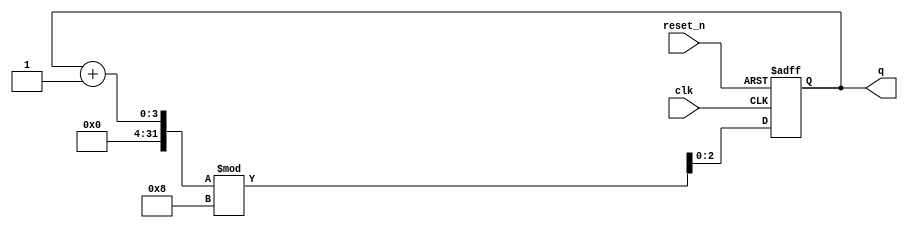
module binary_counter (
    input wire clk,           // Clock signal
    input wire reset_n,      // Active-low asynchronous reset
    output reg [2:0] q       // 3-bit output representing the counter value
);

// State transition on clock edge
always @(posedge clk or negedge reset_n) begin
    if (!reset_n) begin
        // Asynchronous reset: set counter to 0
        q <= 3'b000;
    end else begin
        // Increment the counter
        q <= (q + 1) % 8; // 2^3 = 8 (for a 3-bit counter)
    end
end

endmodule